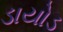
ડાયોડ